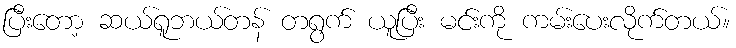
ပြီးတော့ ဆယ်ရူဘယ်တန် တရွက် ယူပြီး မင်းကို ကမ်းပေးလိုက်တယ်။